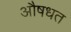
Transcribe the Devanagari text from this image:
औषधत